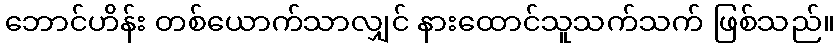
ဘောင်ဟိန်း တစ်ယောက်သာလျှင် နားထောင်သူသက်သက် ဖြစ်သည်။